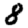
Digit: 8